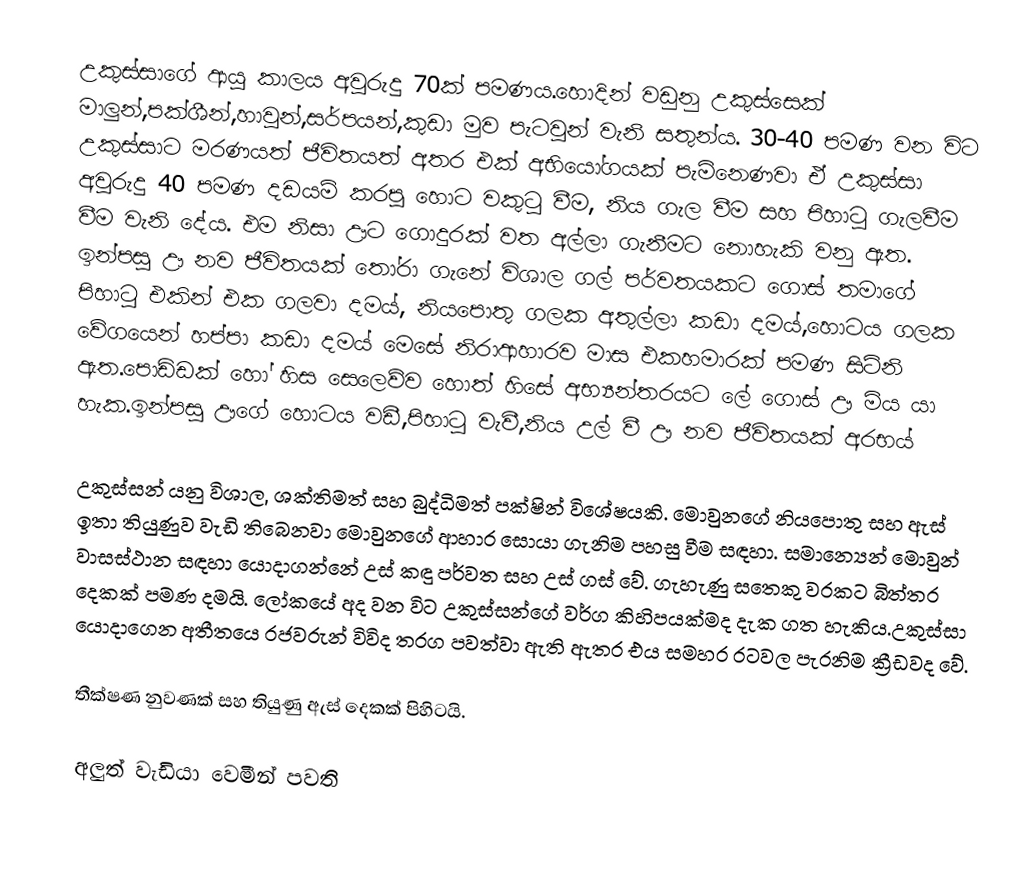
උකුස්සාගේ ආයු කාලය අවුරුදු 70ක් පමණය.හොදින් වඩුනු උකුස්සෙක් මාලුන්,පක්ශීන්,හාවුන්,සර්පයන්,කුඩා මුව පැටවුන් වැනි සතුන්ය. 30-40 පමණ වන විට උකුස්සාට මරණයත් ජීවිතයත් අතර එක් අභියෝගයක් පැමිනෙණවා ඒ උකුස්සා අවුරුදු 40 පමණ දඩයම් කරපු හොට වකුටු වීම, නිය ගැල වීම සහ පිහාටු ගැලවීම වීම වැනි දේය. එම නිසා ඌට ගොදුරක් වත අල්ලා ගැනීමට නොහැකි වනු ඇත. ඉන්පසු ඌ නව ජීවිතයක් තෝරා ගැනේ විශාල ගල් පර්වතයකට ගොස් තමාගේ පිහාටු එකින් එක ගලවා දමය්, නියපොතු ගලක අතුල්ලා කඩා දමය්,හොටය ගලක වේගයෙන් හප්පා කඩා දමය් මෙසේ නිරාආහාරව මාස එකහමාරක් පමණ සිටිනි ඇත.පොඩ්ඩක් හෝ හිස සෙලෙව්ව හොත් හිසේ අභ්‍යන්තරයට ලේ ගොස් ඌ මිය යා හැක.ඉන්පසු ඌගේ හොටය වඩී,පිහාටු වැවී,නිය උල් වී ඌ නව ජීවිතයක් අරභය්

උකුස්සන් යනු විශාල, ශක්තිමත් සහ බුද්ධිමත් පක්ෂින් විශේෂයකි. මොවුනගේ නියපොතු සහ ඇස් ඉතා තියුණුව වැඩි තිබෙනවා මොවුනගේ ආහාර සොයා ගැනිම පහසු වීම සඳහා. සමාන්‍යෙන් මොවුන් වාසස්ථාන සඳහා යොදාගන්නේ උස් කඳු පර්වත සහ උස් ගස් වේ. ගැහැණු සතෙකු වරකට බිත්තර දෙකක් පමණ දමයි. ලෝකයේ අද වන විට උකුස්සන්ගේ වර්ග කිහිපයක්මද දැක ගත හැකිය.උකුස්සා යොදාගෙන අතීතයෙ රජවරුන් විවිද තරග පවත්වා ඇති ඇතර එය සමහර රටවල පැරනිම ක්‍රීඩවද වේ.

තීක්ෂණ නුවණක් සහ තියුණු ඇස් දෙකක් පිහිටයි.

 අලුත් වැඩියා වෙමීන් පවති